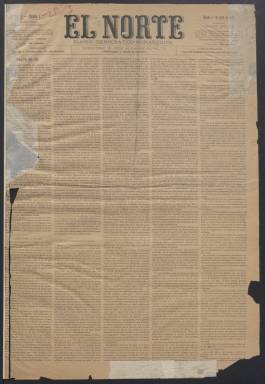
Título: El Norte (Madrid. 1882)
Colección: Periódicos
Ámbito geográfico: Madrid
Lugar de publicación: Madrid
Fechas: 01/04/1882-29/04/1882